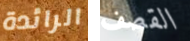
الرائدة القصف